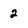
Character: 2